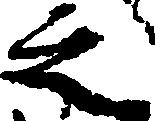
之